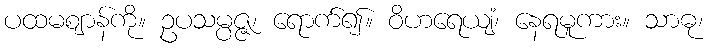
ပထမဈာန်ကို။ ဥပသမ္ပဇ္ဇ၊ ရောက်၍။ ဝိဟရေယျံ၊ နေရမူကား။ သာဓု၊